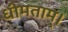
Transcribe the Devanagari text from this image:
धीमताम्।